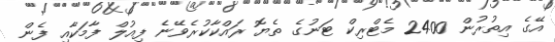
އޭގެ އިތުރުން 2400 މެޓްރިކް ޓަނުގެ ތެޔޮ ރައްކާކުރެވޭނެ ފިއުލް ފާމަކާއި ފެން